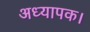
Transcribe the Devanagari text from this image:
अध्यापक।